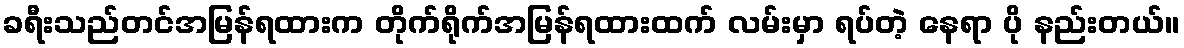
ခရီးသည်တင်အမြန်ရထားက တိုက်ရိုက်အမြန်ရထားထက် လမ်းမှာ ရပ်တဲ့ နေရာ ပို နည်းတယ်။